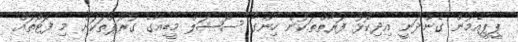
ޕީޕީއެމުން ގެންދަނީ އިދިކޮޅު ފަރާތްތަކުން ހިންގާ ސޯޝަލް މީޑިއާގެ ގުރޫޕްތަކަށް މި ފޮޓޯތައް